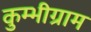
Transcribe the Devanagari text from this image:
कुम्भीग्राम